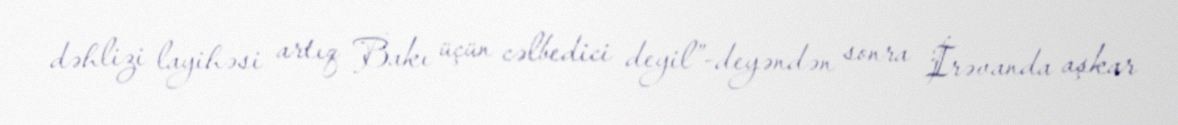
dəhlizi layihəsi artıq Bakı üçün cəlbedici deyil”-deyəndən sonra İrəvanda aşkar